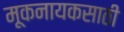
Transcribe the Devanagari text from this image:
मूकनायकसाठी